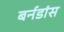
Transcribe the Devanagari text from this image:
बर्नडांस